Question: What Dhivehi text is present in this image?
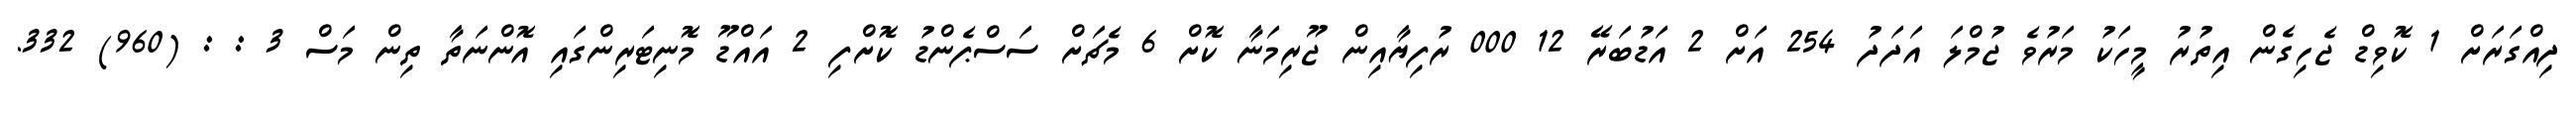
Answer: ދިއްގަރަށް 1 ކޮވިޑް ޖެހިގެން އިތުރު މީހަކު މަރުވެ ޖުމްލަ އަދަދު 254 އަށް 2 އަޑުބަރޭ 12 000 ރުފިޔާއިން ޖޫރިމަނާ ކޮށް 6 މެޗަށް ސަސްޕެންޑު ކޮށްފި 2 އައްޑޫ މޮނިޓަރިންގައި އޮންނަތާ ތިން މަސް 3 : : (960) 332.